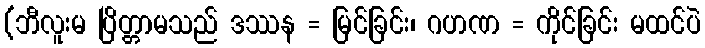
(ဘီလူးမ ပြိတ္တာမသည် ဒဿန = မြင်ခြင်း၊ ဂဟဏ = ကိုင်ခြင်း မထင်ပဲ